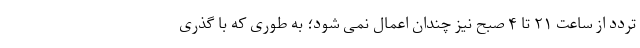
تردد از ساعت ۲۱ تا ۴ صبح نیز چندان اعمال نمی شود؛ به طوری که با گذری